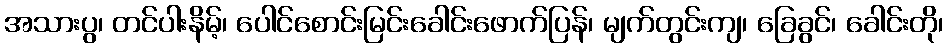
အသားပွ၊ တင်ပါးနိမ့်၊ ပေါင်စောင်းမြင်းခေါင်းဖောက်ပြန်၊ မျက်တွင်းကျ၊ ခြေခွင်၊ ခေါင်းတို၊